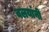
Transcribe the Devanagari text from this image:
वलयांनी